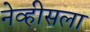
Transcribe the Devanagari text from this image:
नेव्हीसला